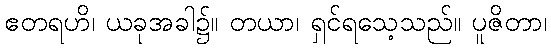
ဧတရဟိ၊ ယခုအခါ၌။ တယာ၊ ရှင်ရသေ့သည်။ ပူဇိတာ၊